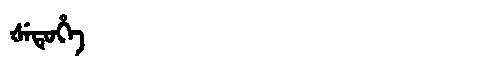
Manchu: ᡧᡝᡨᡠᡥᡝ
Romanization: ŠETUHE